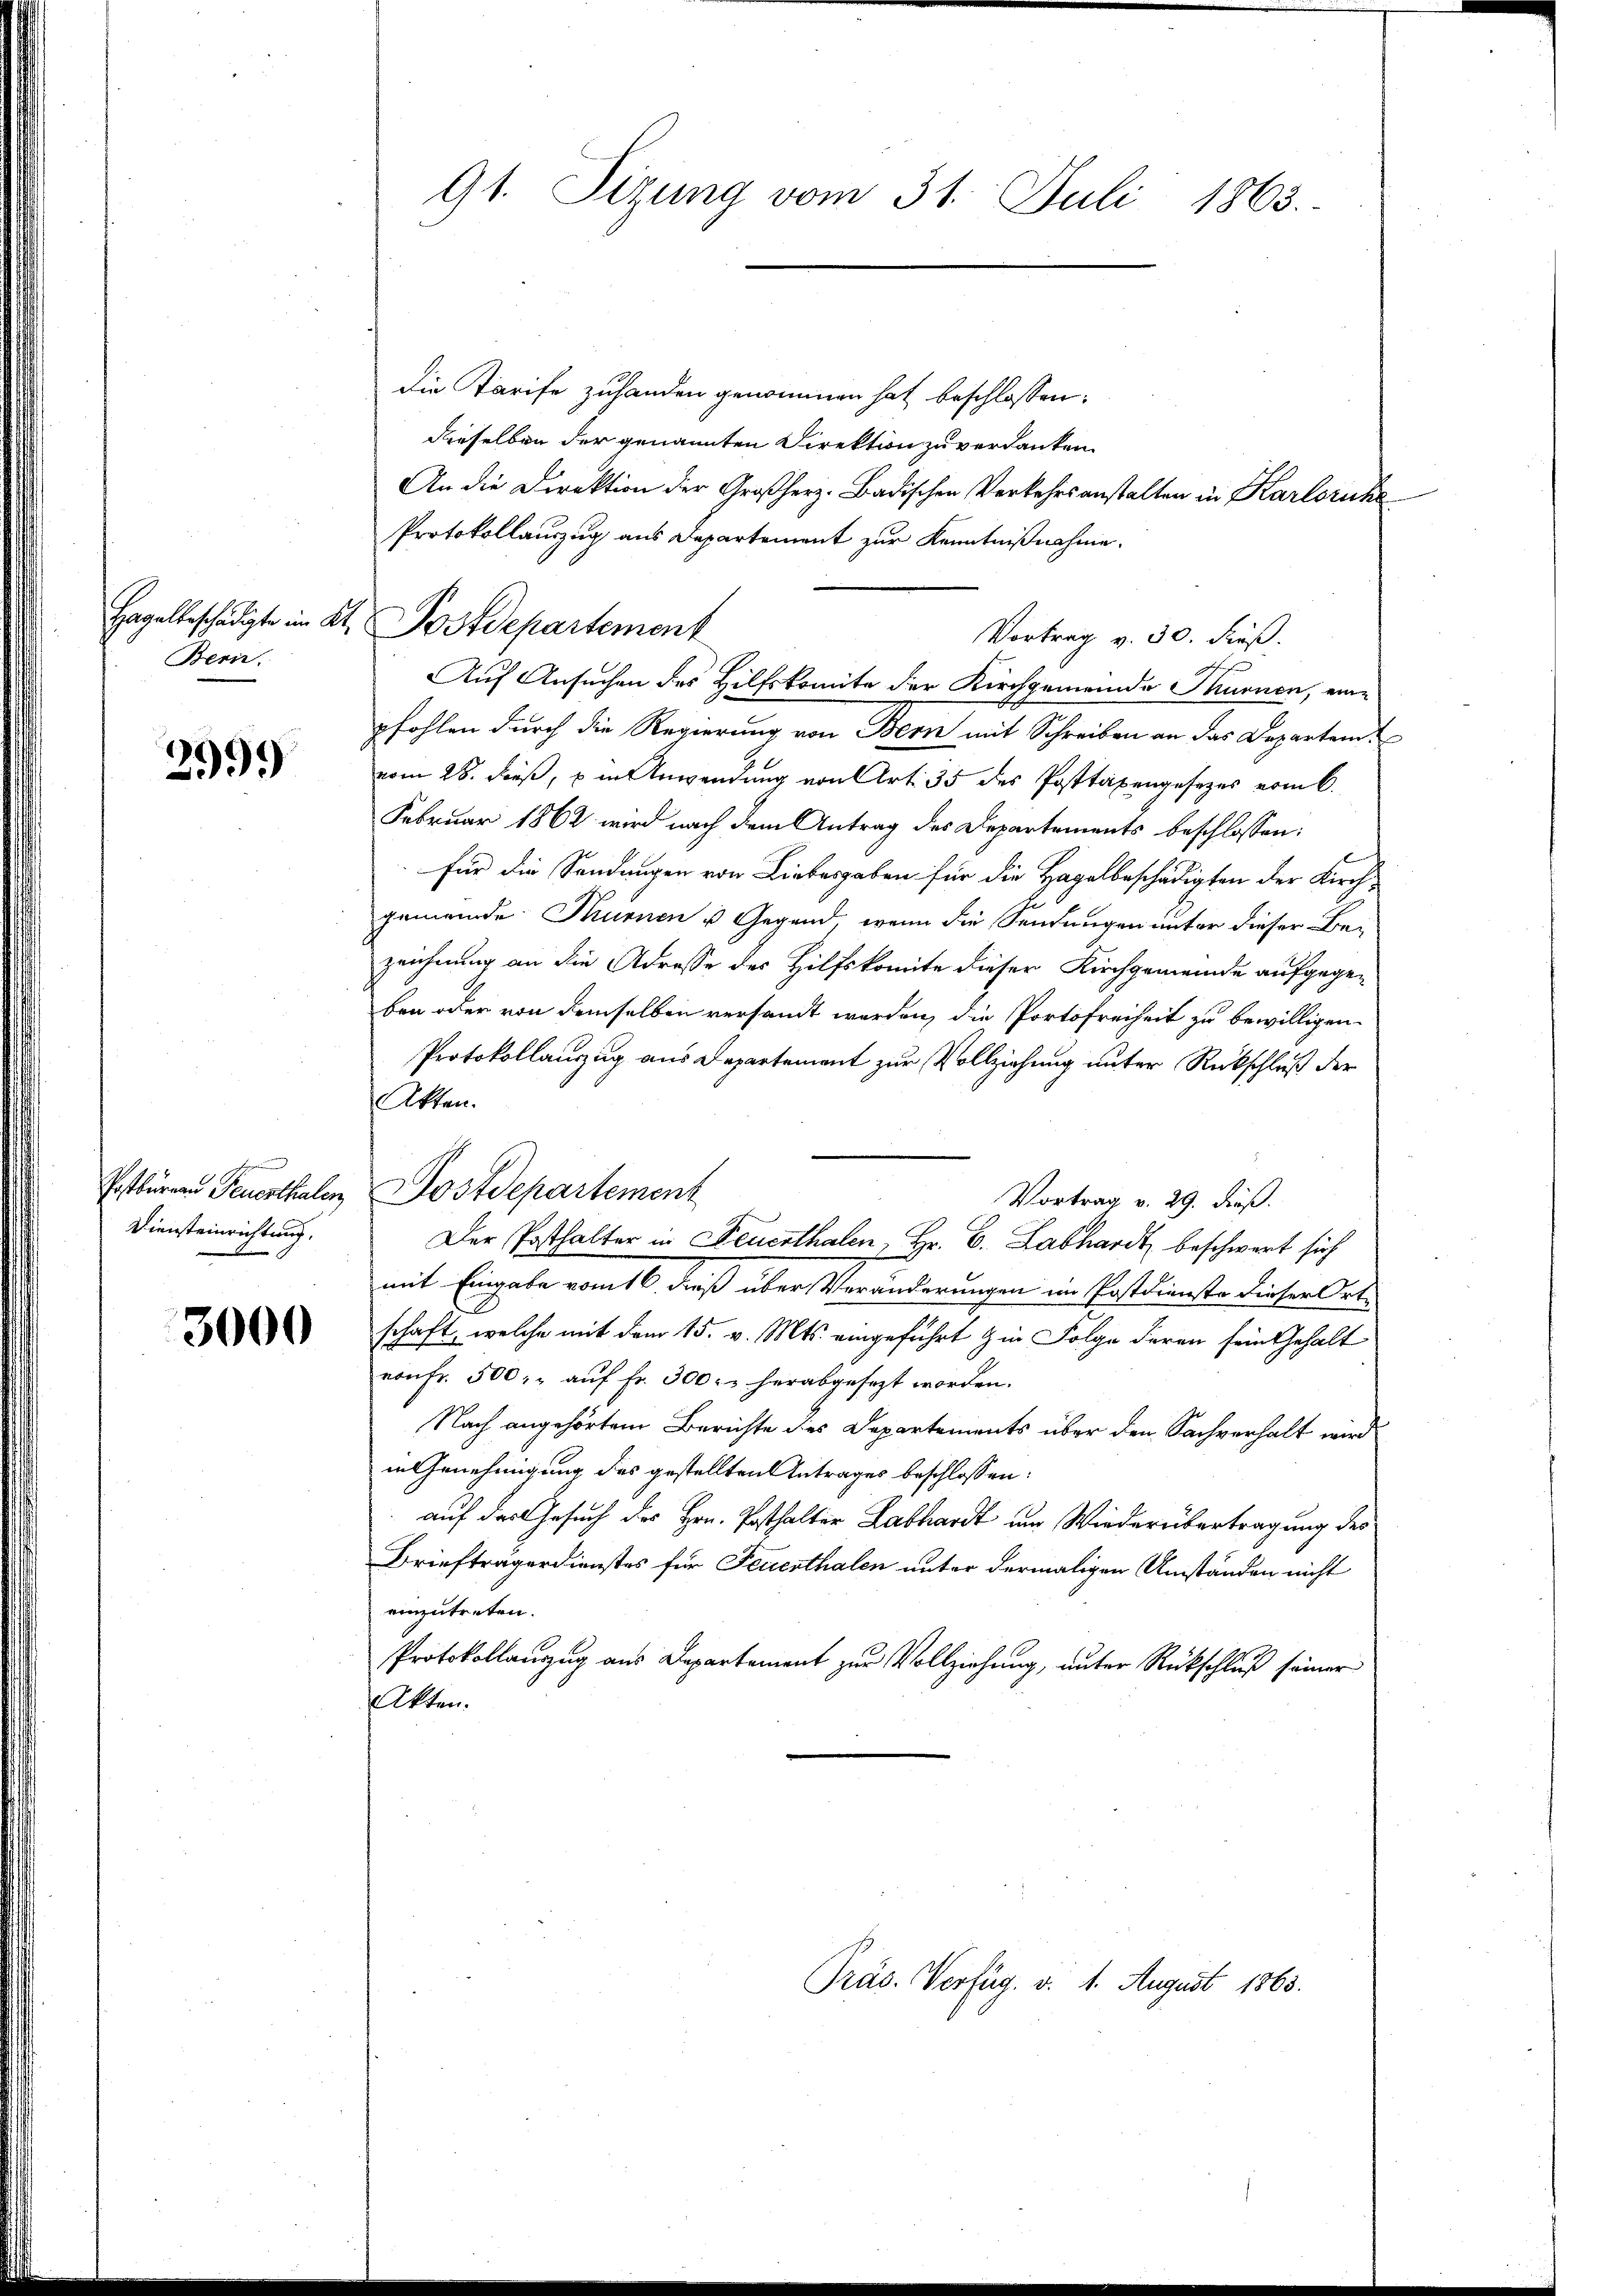
Hagelbeschädigte im Kt.
Bern.

299)

.
Postbureau Feuerthalen
Diensteinrichtung.

3000

91. Sizung vom 31. Juli 1863.

die Tarife zuhanden genommen hat beschlossen:
dieselben der genannten Direktion zu verdanken.
An die Direktion der Großherz-Badischen Verkehrsanstalten in Karlsruhe
Protokollauszug aus Departement zur Kenntnißnahme.
Vortrag v. 30. Fuß.
Auf Ansuchen des Hilfskomite der Kirchgemeinde Thurnen, eine
pfohlen durch die Regierung von Bern mit Schreiben an das Departem
vom 28. dieß, in Anwendung von Art. 35 des Posttaxengesezes vom 6.
Februar 1862 wird nach dem Antrag des Departements beschlossen:
Für die Sendungen von Liebesgaben für die Hagelbeschädigten der Kirch-
gemeinde Turnen u Gegend, wenn die Sendungen unter dieser Bei
zeichnung an die Adresse des Hilfskomite dieser Kirchgemeinde aufgege-
ben oder von demselben versandt werden, die Portofreiheit zu bewilligen.
Protokollanzug aus Departement zur Vollziehung unter Rückschluß der
Atten.
Postdepartement
Vortrag v. 29. dieß.
Der Posthalter in Neuerthalen, Hr. C. Labhardt beschwert sich
mit Eingabe vom 16. dieß über Veränderungen im Postdienste dieser Ort-
schaft, welche mit dem 15. v. Mts. eingeführt in Folge deren sein Gehalt
von fr. 500.- aŭf fr. 300 r. herabgesezt worden.
Nach angehörtem Berichte des Departements über den Sachverhalt wird
in Genehmigung des gestellten Antrages beschlossen:
auf das Gesuch des Hrn. Posthalter Labhardt um Wiederübertragung des
Briefträgerdienstes für Feuerthalen unter dermaligen Umständen nicht
einzutreten.
Protokollauszug aus Departement zur Vollziehung, unter Rückschluß seiner
Akten.

Postdepartement

Präs. Verfüg. v. 1. August 1863.